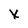
Character: x